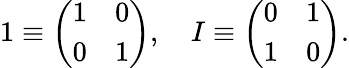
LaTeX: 1\equiv\left(\begin{array}{cc}{{1}}&{{0}}\\ {{0}}&{{1}}\end{array}\right),\quad I\equiv\left(\begin{array}{cc}{{0}}&{{1}}\\ {{1}}&{{0}}\end{array}\right).